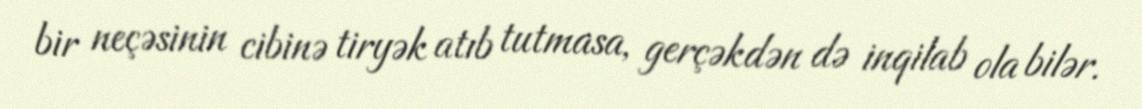
bir neçəsinin cibinə tiryək atıb tutmasa, gerçəkdən də inqilab ola bilər.